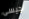
جيسى